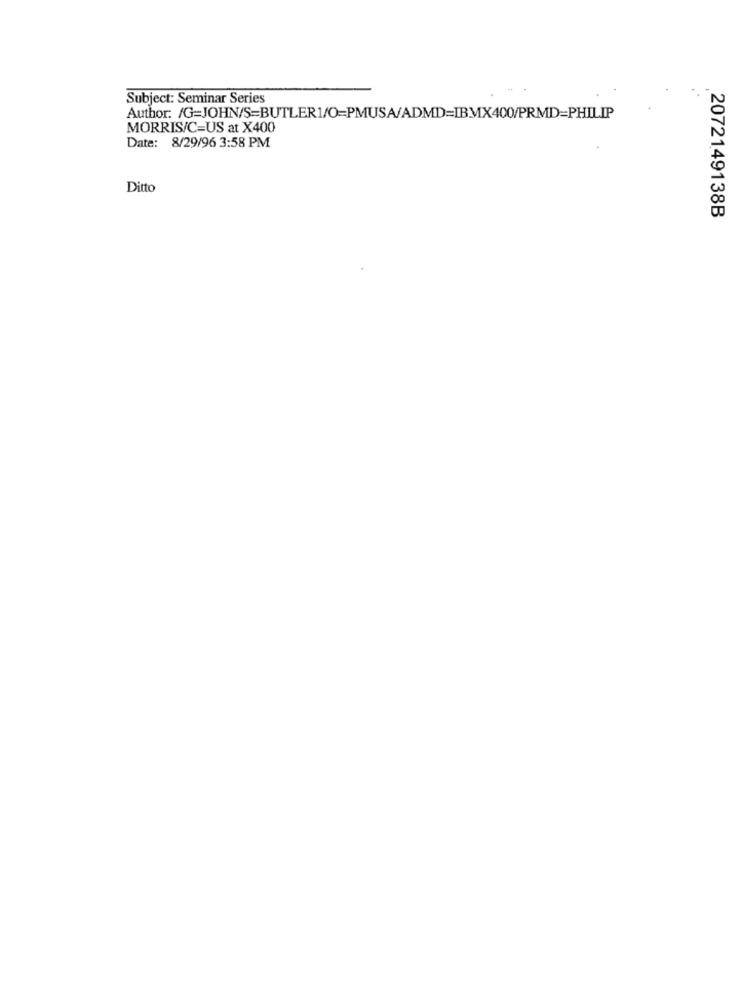
Subject: Seminar Series
Author: /G=JOHN/S=BUTLER1/O=PMUSA/ADMD=IBMX400/PRMD=PHILIP
MORRIS/C=US at X400
Date: 8/29/96 3:58 PM
Ditto
2072149138B